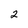
Character: 2